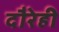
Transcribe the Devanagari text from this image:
दौरेही